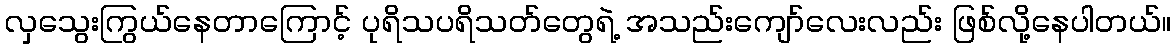
လှသွေးကြွယ်နေတာကြောင့် ပုရိသပရိသတ်တွေရဲ့ အသည်းကျော်လေးလည်း ဖြစ်လို့နေပါတယ်။